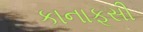
કાનાફૂસી